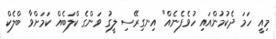
މިއީ ހަމަ ދެކުމުންއައި ހުވެފެނެއް" އިނގިރޭސި ލީގު ވަންގެ ކްލަބެއް ކަމަށްވާ ބްލެކް